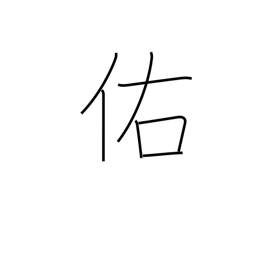
Meaning: assist